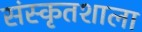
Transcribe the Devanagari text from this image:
संस्कृतशाला